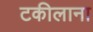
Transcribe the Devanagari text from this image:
टकीलाना